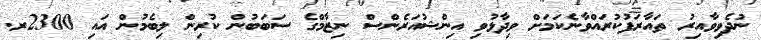
ނުދެވިވާއިރު ތައާރަފުކުރައްވާނެކަމަށް ވިދާޅުވި އިންޝުއަރެންސް ނިޒާމްގެ ސަބަބުން ކުރިން ލިބެމުން އައި 2300ރ.